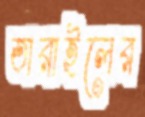
তারাইলের